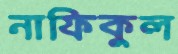
নাফিকুল